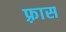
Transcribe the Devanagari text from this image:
फ़्रास